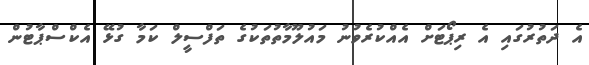
އެ ދަތުރުގައި އެ ރިޕޯޓަށް އެއްކުރެވުނު މައުލޫމާތުތަކުގެ ތަފްސީލް ކަމާ ގުޅޭ އެކްސްޕާޓުން